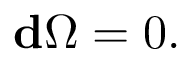
{ \bf d } \Omega = 0 .